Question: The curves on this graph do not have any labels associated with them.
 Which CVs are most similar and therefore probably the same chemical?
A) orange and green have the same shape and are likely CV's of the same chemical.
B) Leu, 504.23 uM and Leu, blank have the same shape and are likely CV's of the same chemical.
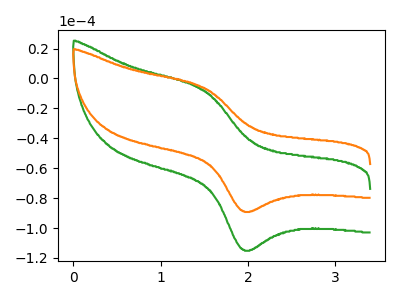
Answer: <think>The green curve "green" has an anodic peak at (1.50V, -7.95uA) and a cathodic peak at (1.95V, -114.65uA). The orange curve "orange" has an anodic peak at (1.50V, -6.15uA) and a cathodic peak at (1.95V, -88.85uA).
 All the peaks in "green" have a peak in "orange" at the same potential.</think>
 <answer>A) "orange" and "green" have the same shape and are likely CV's of the same chemical.</answer>
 <eval>A</eval>